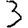
Digit: 3